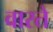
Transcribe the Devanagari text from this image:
वारते